Indian journal of veterinary science and animal husbandry - Volume 7,
Year: 1937
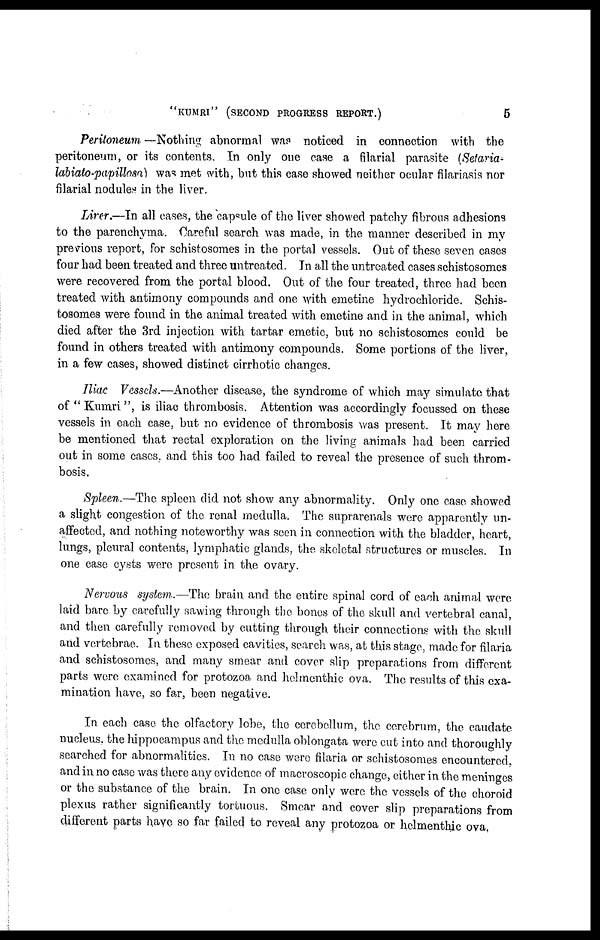
"KUMRI"
(SECOND
PROGRESS
REPORT.)
5
Peritoneum —Nothing abnormal was noticed in connection with the
peritoneum, or its contents. In only one case a filarial parasite (Setaria-
labiato-papillosa) was met with, but this case showed neither ocular filariasis nor
filarial nodules in the liver.
Liver.—In all cases, the capsule of the liver showed patchy fibrous adhesions
to the parenchyma. Careful search was made, in the manner described in my
previous report, for schistosomes in the portal vessels. Out of these seven cases
four had been treated and three untreated. In all the untreated cases schistosomes
were recovered from the portal blood. Out of the four treated, three had been
treated with antimony compounds and one with emetine hydrochloride. Schis-
tosomes were found in the animal treated with emetine and in the animal, which
died after the 3rd injection with tartar emetic, but no schistosomes could be
found in others treated with antimony compounds. Some portions of the liver,
in a few cases, showed distinct cirrhotic changes.
Iliac Vessels.—Another disease, the syndrome of which may simulate that
of "Kumri", is iliac thrombosis. Attention was accordingly focussed on these
vessels in each case, but no evidence of thrombosis was present. It may here
be mentioned that rectal exploration on the living animals had been carried
out in some cases and this too had failed to reveal the presence of such throm-
bosis.
Spleen.—The spleen did not show any abnormality. Only one case showed
a slight congestion of the renal medulla. The suprarenals were apparently un-
affected, and nothing noteworthy was seen in connection with the bladder, heart,
lungs, pleural contents, lymphatic glands, the skeletal structures or muscles. In
one case cysts were present in the ovary.
Nervous system.—The brain and the entire spinal cord of each animal were
laid bare by carefully sawing through the bones of the skull and vertebral canal,
and then carefully removed by cutting through their connections with the skull
and vertebrae. In these exposed cavities, search was, at this stage, made for filaria
and schistosomes, and many smear and cover slip preparations from different
parts were examined for protozoa and helmenthic ova. The results of this exa-
mination have, so far, been negative.
In each case the olfactory lobe, the cerebellum, the cerebrum, the caudate
nucleus, the hippocampus and the medulla oblongata were cut into and thoroughly
searched for abnormalities. In no case were filaria or schistosomes encountered,
and in no case was there any evidence of macroscopic change, either in the meninges
or the substance of the brain. In one case only were the vessels of the choroid
plexus rather significantly tortuous. Smear and cover slip preparations from
different parts have so far failed to reveal any protozoa or helmenthic ova,